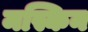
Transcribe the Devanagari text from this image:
मस्किन